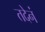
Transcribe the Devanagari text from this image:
तदेनं